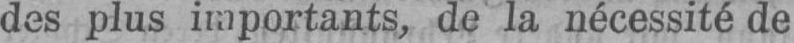
des plus importants, de la nécessité de